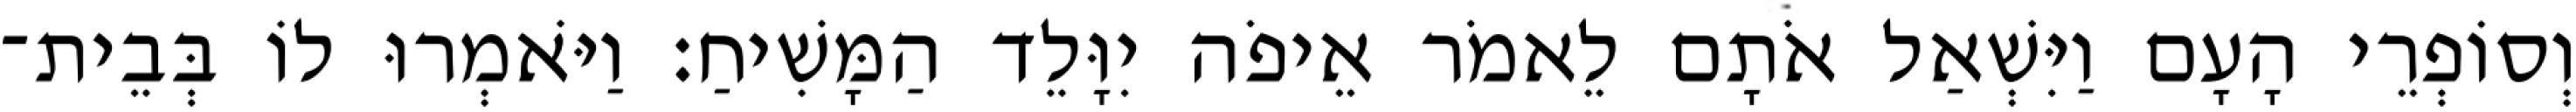
וְסוֹפְרֵי הָעָם וַיִּשְׁאַל אֹתָם לֵאמֹר אֵיפֹה יִוָּלֵד הַמָּשִׁיחַ׃ וַיֹּאמְרוּ לוֹ בְּבֵית־